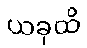
ယခုထိ